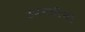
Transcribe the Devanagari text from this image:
उपनदीची